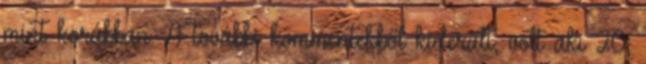
mint korábban. A további kommentekből kiderült, volt aki 20,